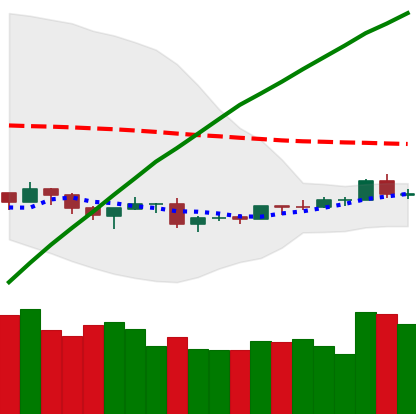
Ticker: ETH-USD
Chart end date: 2019-08-07
Forward return: -6.671%
Label: down_5_7